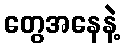
တွေအနေနဲ့